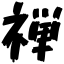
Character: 禅